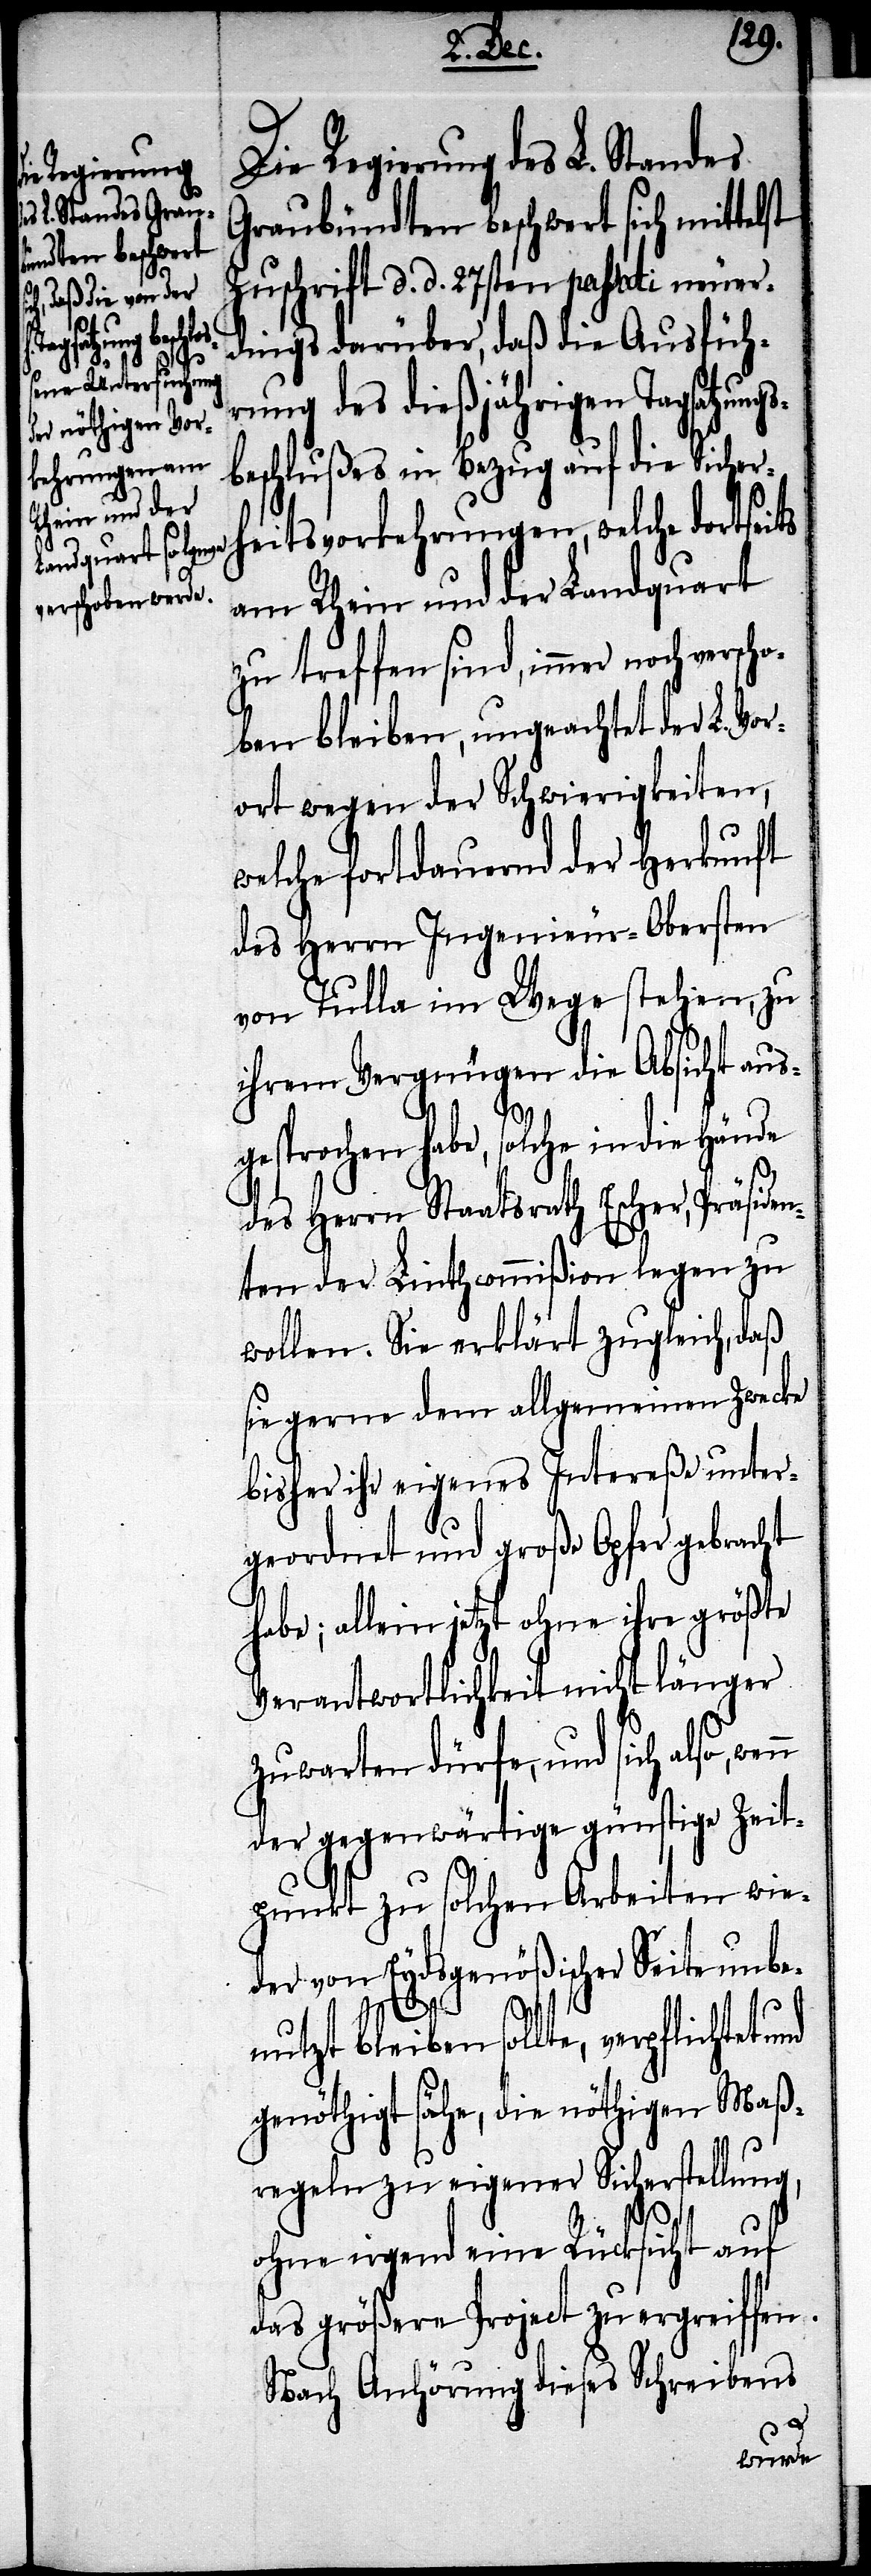
Die Regierung des L. Standes
Graubündten beschwert sich mittelst
Zuschrift d. d. 28sten passati neuer¬
dings darüber, daß die Ausfüh¬
rung des dießjährigen Tagsatzung¬
eschlußes in Bezug auf die Sicher¬
heitsvorkehrungen, welche dortseits
am Rhein und der Landquart
zu treffen sind, immer noch
ben bleiben, ungeachtet der L. Vor¬
ort wegen der Schwierigkeiten,
welche fortdauernd der Herkunft
des Herrn Ingenieur-Obersten
von Tulla im Wege stehen, zu
ihrem Vergnügen die Absicht aus¬
gesprochen habe, solche in die
des Herrn Staatsrath Escher, Präsiden¬
ten der Linthcommißion legen zu
wollen. Sie erklärt zugleich, daß
sie gerne dem allgemeinen Zwecke
bisher ihr eigenes Intereße unter¬
geordnet und große Opfer gebracht
habe; allein jetzt ohne ihre größte
Verantwortlichkeit nicht länger
zuwarten dürfe, und sich also, wenn
der gegenwärtige günstige Zeit¬
punkt zu solchen Arbeiten wie¬
der von Eydsgenößischer Seite unbe¬
cho¬
nutzt bleiben sollte, verpflichtet
genöthigt sähe, die nöthigen Maß¬
regeln zu eigener Sicherstellung,
ohne irgend eine Rücksicht auf
das größere Project zu ergreiffen.
Nach Anhörung dieses Schreibens
und